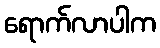
ရောက်လာပါက